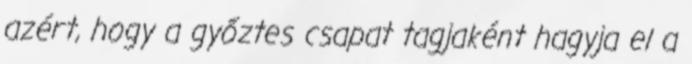
azért, hogy a győztes csapat tagjaként hagyja el a